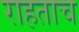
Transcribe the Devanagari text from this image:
राहताच